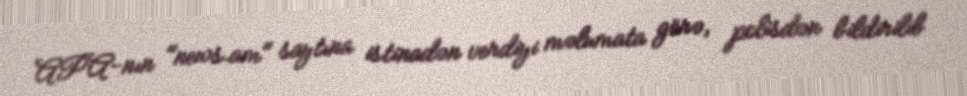
APA-nın "news.am" saytına istinadən verdiyi məlumata görə, polisdən bildirilib